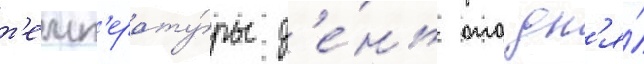
т'емп'ерату́ры д'е́нь ото дн'я́